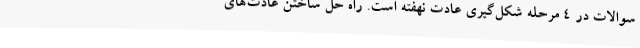
سوالات در 4 مرحله شکل‌گیری عادت نهفته است. راه‌ حل ساختن عادت‌های